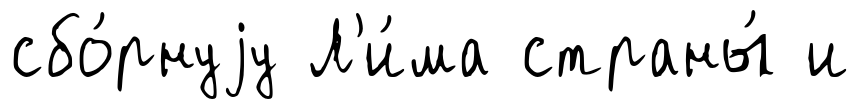
сбо́рнуjу Л'и́ма страны́ и